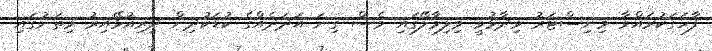
ފާހަގަކުރައްވާ މިނިސްޓަރު ވިދާޅުވީ ވިލިމާލޭގައި ވެސް ގިނަ އަދަދެއްގެ ކުޑަކުދިން ދިރިއުޅޭއިރު މިތަނުގައި